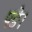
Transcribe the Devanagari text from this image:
पङे।